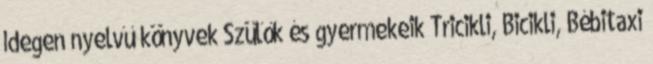
Idegen nyelvű könyvek Szülők és gyermekeik Tricikli, Bicikli, Bébitaxi